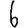
Digit: 6